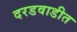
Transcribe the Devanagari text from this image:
दरडवाडीत